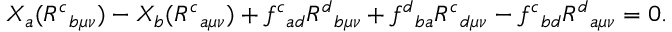
X _ { a } ( R ^ { c } { } _ { b \mu \nu } ) - X _ { b } ( R ^ { c } { } _ { a \mu \nu } ) + f ^ { c } { } _ { a d } R ^ { d } { } _ { b \mu \nu } + f ^ { d } { } _ { b a } R ^ { c } { } _ { d \mu \nu } - f ^ { c } { } _ { b d } R ^ { d } { } _ { a \mu \nu } = 0 .